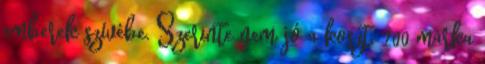
emberek szívébe. Szerinte nem jó a koszt, 200 márka